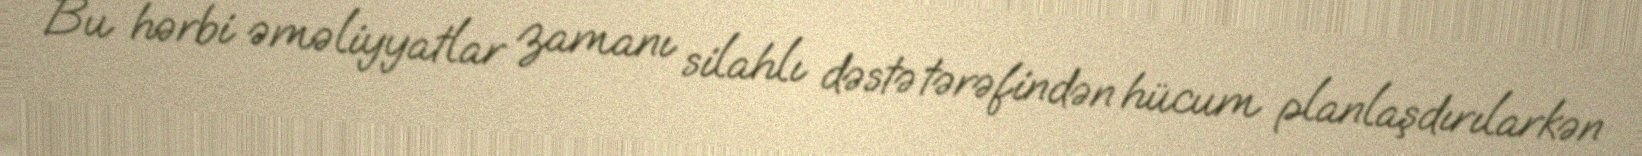
Bu hərbi əməliyyatlar zamanı silahlı dəstə tərəfindən hücum planlaşdırılarkən